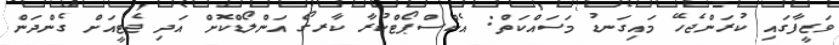
ވަޒީފާގައި ކުރަންޖެހޭ މައިގަނޑު މަސައްކަތް: އެކްސްޕޯޓްކުރާ ކާރގޯ އަންލޯޑްކޮށް އަދި ޖެޓީއަށް ގެންދަން